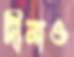
দীনাও